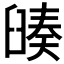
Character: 𦦅